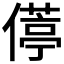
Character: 𫣦